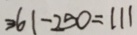
3 6 1 - 2 5 0 = 1 1 1